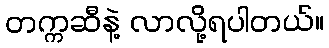
တက္ကဆီနဲ့ လာလို့ရပါတယ်။